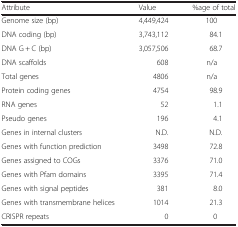
<table><thead><tr><td><b>Attribute</b></td><td><b>Value</b></td><td><b>%age of total</b></td></tr></thead><tbody><tr><td>Genome size (bp)</td><td>4,449,424</td><td>100</td></tr><tr><td>DNA coding (bp)</td><td>3,743,112</td><td>84.1</td></tr><tr><td>DNA G + C (bp)</td><td>3,057,506</td><td>68.7</td></tr><tr><td>DNA scaffolds</td><td>608</td><td>n/a</td></tr><tr><td>Total genes</td><td>4806</td><td>n/a</td></tr><tr><td>Protein coding genes</td><td>4754</td><td>98.9</td></tr><tr><td>RNA genes</td><td>52</td><td>1.1</td></tr><tr><td>Pseudo genes</td><td>196</td><td>4.1</td></tr><tr><td>Genes in internal clusters</td><td>N.D.</td><td>N.D.</td></tr><tr><td>Genes with function prediction</td><td>3498</td><td>72.8</td></tr><tr><td>Genes assigned to COGs</td><td>3376</td><td>71.0</td></tr><tr><td>Genes with Pfam domains</td><td>3395</td><td>71.4</td></tr><tr><td>Genes with signal peptides</td><td>381</td><td>8.0</td></tr><tr><td>Genes with transmembrane helices</td><td>1014</td><td>21.3</td></tr><tr><td>CRISPR repeats</td><td>0</td><td>0</td></tr></tbody></table>